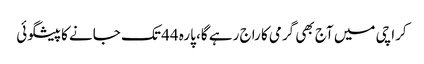
کراچی میں آج بھی گرمی کا راج رہے گا، پارہ 44 تک جانے کا پیشگوئی